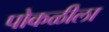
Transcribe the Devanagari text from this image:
पोकळीला